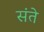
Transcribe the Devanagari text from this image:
संते